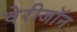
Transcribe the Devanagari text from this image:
वेरीजॉन